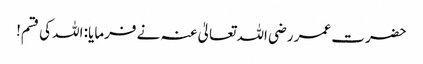
حضرت عمر رضی اللہ تعالیٰ عنہ نے فرمایا: اللہ کی قسم!